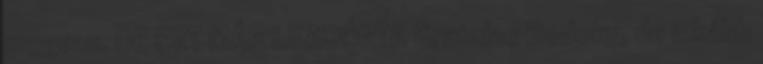
megvan. DE EZT MÁR LEADÓZTA Gratulac Bodoky, de inkább